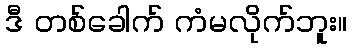
ဒီ တစ်ခေါက် ကံမလိုက်ဘူး။